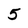
Character: 5